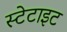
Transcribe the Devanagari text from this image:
स्टेटाइट